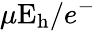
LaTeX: \mu\mathrm{E_{h}}/e^{-}